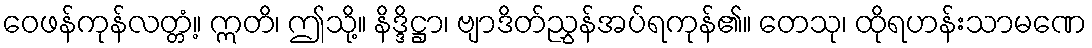
ဝေဖန်ကုန်လတ္တံ့။ ဣတိ၊ ဤသို့။ နိဒ္ဒိဋ္ဌာ၊ ဗျာဒိတ်ညွှန်အပ်ရကုန်၏။ တေသု၊ ထိုရဟန်းသာမဏေ